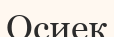
Осиек